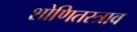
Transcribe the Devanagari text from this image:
शोणितस्त्राव